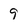
Character: 9